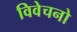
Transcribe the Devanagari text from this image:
विवेचनो